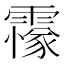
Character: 𩅫